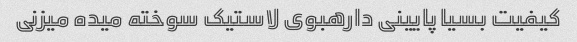
کیفیت بسیا پایینی دارهبوی لاستیک سوخته میده میزنی